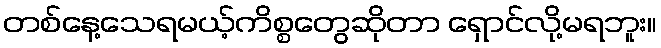
တစ်နေ့သေရမယ့်ကိစ္စတွေဆိုတာ ရှောင်လို့မရဘူး။